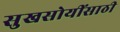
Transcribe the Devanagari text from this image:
सुखसोयींसाठी